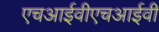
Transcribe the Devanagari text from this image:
एचआईवीएचआईवी